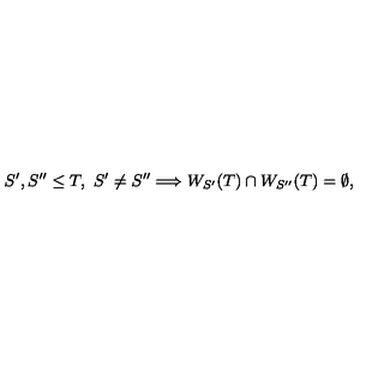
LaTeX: S ^ { \prime } , S ^ { \prime \prime } \leq T , \ S ^ { \prime } \not = S ^ { \prime \prime } \Longrightarrow W _ { S ^ { \prime } } ( T ) \cap W _ { S ^ { \prime \prime } } ( T ) = \emptyset ,